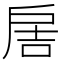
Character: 𢩋